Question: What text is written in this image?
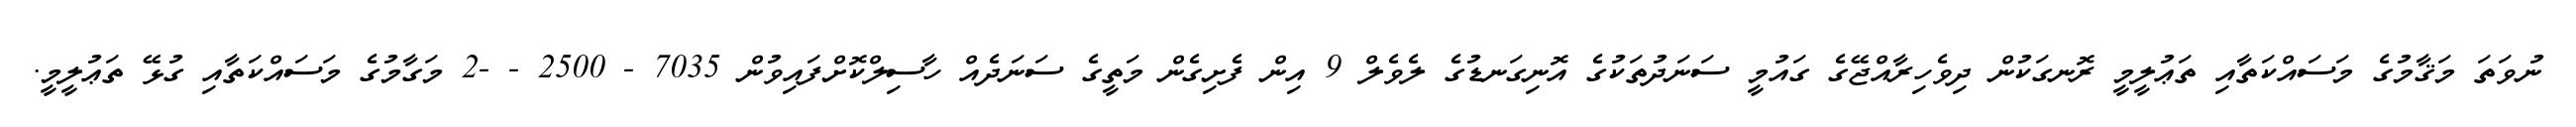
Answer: ނުވަތަ މަޤާމުގެ މަސައްކަތާއި ތަޢުލީމީ ރޮނގަކުން ދިވެހިރާއްޖޭގެ ގައުމީ ސަނަދުތަކުގެ އޮނިގަނޑުގެ ލެވެލް 9 އިން ފެށިގެން މަތީގެ ސަނަދެއް ހާސިލްކޮށްފައިވުން 7035 - 2500 - -2 މަގާމުގެ މަސައްކަތާއި ގުޅޭ ތަޢުލީމީ.